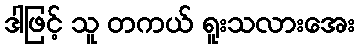
ဒါဖြင့် သူ တကယ် ရူးသလားအေး